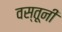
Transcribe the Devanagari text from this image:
वस्तूनी